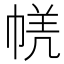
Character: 𭘤